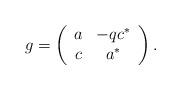
LaTeX: \begin{align*}g=\left(\begin{array}{cc}a&-qc^{*}\\c&a^{*}\end{array}\right).\end{align*}